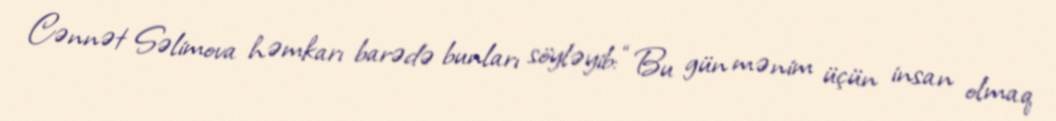
Cənnət Səlimova həmkarı barədə bunları söyləyib: “Bu gün mənim üçün insan olmaq